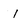
Character: I